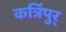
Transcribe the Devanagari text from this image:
कर्त्रिपुर्